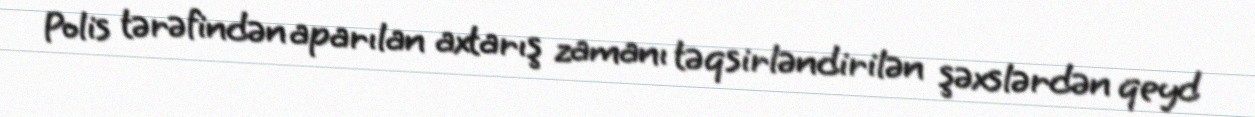
Polis tərəfindən aparılan axtarış zamanı təqsirləndirilən şəxslərdən qeyd